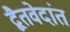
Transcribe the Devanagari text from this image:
द्वैतवेदांत